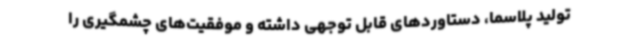
تولید پلاسما، دستاوردهای قابل توجهی داشته و موفقیت‌های چشمگیری را